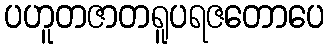
ပဟူတဇာတရူပရဇတောပေ